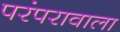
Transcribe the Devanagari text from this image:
परंपरावाला